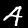
Digit: 4